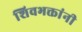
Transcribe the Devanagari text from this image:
शिवभक्तांनी